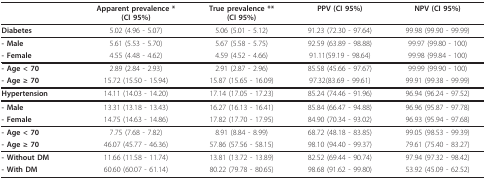
<table><thead><tr><td></td><td><b>Apparent prevalence *(CI 95%)</b></td><td><b>True prevalence **(CI 95%)</b></td><td><b>PPV (CI 95%)</b></td><td><b>NPV (CI 95%)</b></td></tr></thead><tbody><tr><td><b>Diabetes</b></td><td>5.02 (4.96 - 5.07)</td><td>5.06 (5.01 - 5.12)</td><td>91.23 (72.30 - 97.64)</td><td>99.98 (99.90 - 99.99)</td></tr><tr><td><b>- Male</b></td><td>5.61 (5.53 - 5.70)</td><td>5.67 (5.58 - 5.75)</td><td>92.59 (63.89 - 98.88)</td><td>99.97 (99.80 - 100)</td></tr><tr><td><b>- Female</b></td><td>4.55 (4.48 - 4.62)</td><td>4.59 (4.52 - 4.66)</td><td>91.11(59.19 - 98.64)</td><td>99.98 (99.84 - 100)</td></tr><tr><td><b>- Age &lt; 70</b></td><td>2.89 (2.84 - 2.93)</td><td>2.91 (2.87 - 2.96)</td><td>85.58 (45.66 - 97.67)</td><td>99.99 (99.90 - 100)</td></tr><tr><td><b>- Age ≥ 70</b></td><td>15.72 (15.50 - 15.94)</td><td>15.87 (15.65 - 16.09)</td><td>97.32(83.69 - 99.61)</td><td>99.91 (99.38 - 99.99)</td></tr><tr><td><b>Hypertension</b></td><td>14.11 (14.03 - 14.20)</td><td>17.14 (17.05 - 17.23)</td><td>85.24 (74.46 - 91.96)</td><td>96.94 (96.24 - 97.52)</td></tr><tr><td><b>- Male</b></td><td>13.31 (13.18 - 13.43)</td><td>16.27 (16.13 - 16.41)</td><td>85.84 (66.47 - 94.88)</td><td>96.96 (95.87 - 97.78)</td></tr><tr><td><b>- Female</b></td><td>14.75 (14.63 - 14.86)</td><td>17.82 (17.70 - 17.95)</td><td>84.90 (70.34 - 93.02)</td><td>96.93 (95.94 - 97.68)</td></tr><tr><td><b>- Age &lt; 70</b></td><td>7.75 (7.68 - 7.82)</td><td>8.91 (8.84 - 8.99)</td><td>68.72 (48.18 - 83.85)</td><td>99.05 (98.53 - 99.39)</td></tr><tr><td><b>- Age ≥ 70</b></td><td>46.07 (45.77 - 46.36)</td><td>57.86 (57.56 - 58.15)</td><td>98.10 (94.40 - 99.37)</td><td>79.61 (75.40 - 83.27)</td></tr><tr><td><b>- Without DM</b></td><td>11.66 (11.58 - 11.74)</td><td>13.81 (13.72 - 13.89)</td><td>82.52 (69.44 - 90.74)</td><td>97.94 (97.32 - 98.42)</td></tr><tr><td><b>- With DM</b></td><td>60.60 (60.07 - 61.14)</td><td>80.22 (79.78 - 80.65)</td><td>98.68 (91.62 - 99.80)</td><td>53.92 (45.09 - 62.52)</td></tr></tbody></table>